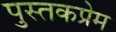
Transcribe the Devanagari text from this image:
पुस्तकप्रेम